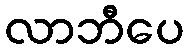
လာဘီပေ